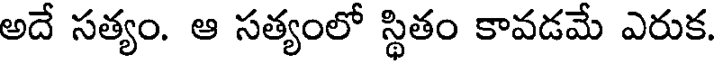
అదే సత్యం. ఆ సత్యంలో స్థితం కావడమే ఎరుక.